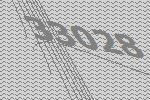
33028